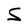
Character: S